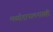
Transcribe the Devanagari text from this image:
मर्य्यादापालनासही